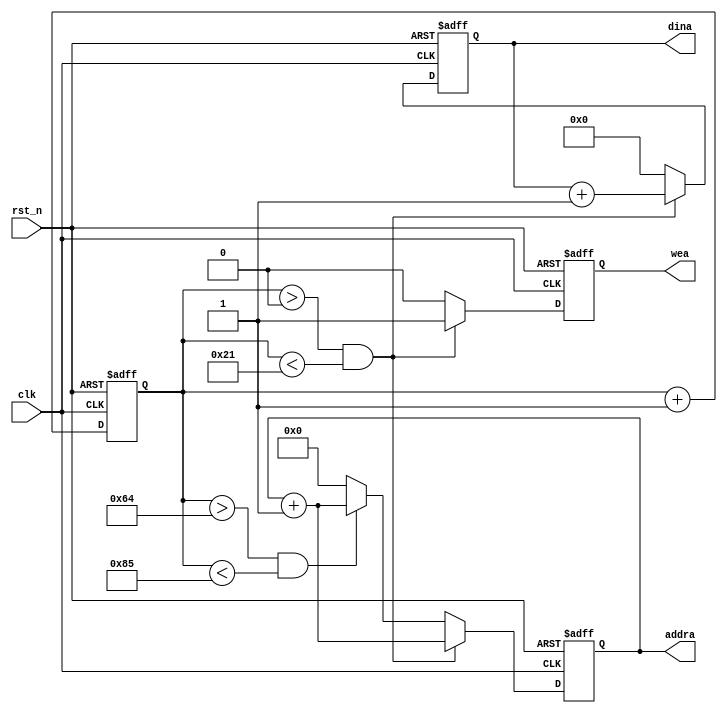
`timescale 1ns / 1ps
//////////////////////////////////////////////////////////////////////////////////
// Company: 
// Engineer: 
// 
// Design Name: 
// Module Name:    ram_test 
// Project Name: 
// Target Devices: 
// Tool versions: 
// Description: 
//
// Dependencies: 
//
// Revision: 
// Revision 0.01 - File Created
// Additional Comments: 
//
//////////////////////////////////////////////////////////////////////////////////
module ram_test(
    clk,
    rst_n,
    wea,
    addra,
    dina
    );
    
    input clk;
    input rst_n;
    output wea;
    output [4:0]addra;
    output [7:0]dina;
    
    /***********************************************/
    reg rEn;
    reg [4:0]rAddr;
    reg [7:0]rData;
    
    assign wea = rEn;
    assign addra = rAddr;
    assign dina = rData;
    
    /***********************************************/
    reg [9:0]cnt;

    always @(posedge clk or negedge rst_n) begin
        if(!rst_n)
            cnt <= 10'd0;
        else
            cnt <= cnt+1'b1;
    end
    
    always @(posedge clk or negedge rst_n) begin
        if(!rst_n) begin
            rEn <= 1'b0;
            rAddr <= 5'd0;
            rData <= 8'd0;
        end
        else if((cnt > 10'd0) && (cnt < 10'd33)) begin
            rEn <= 1'b1;
            rAddr <= rAddr + 1'b1;
            rData <= rData + 1'b1;
        end
        else if((cnt > 10'd100) && (cnt < 10'd133)) begin
            rEn <= 1'b0;
            rAddr <= rAddr + 1'b1;
            rData <= 8'd0;
        end
        else begin
            rEn <= 1'b0;
            rAddr <= 5'd0;
            rData <= 8'd0;
        end
    end


endmodule